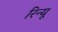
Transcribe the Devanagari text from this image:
रिन्यू